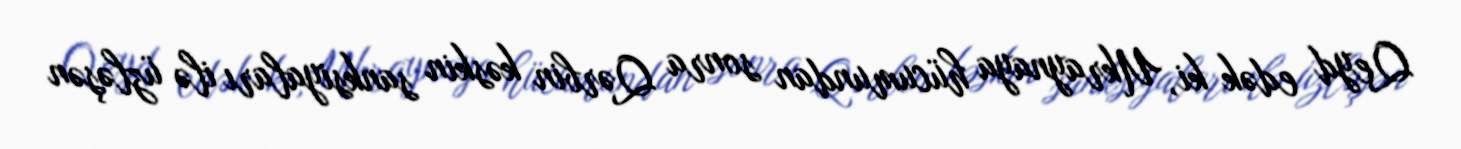
Qeyd edək ki, Ukraynaya hücumundan sonra Qərbin kəskin sanksiyaları ilə üzləşən